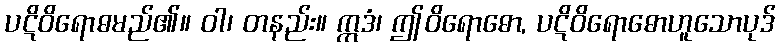
ပဋိဝိရောဓမည်၏။ ဝါ၊ တနည်း။ ဣဒံ၊ ဤဝိရောဓော, ပဋိဝိရောဓောဟူသောပုဒ်